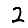
Digit: 2